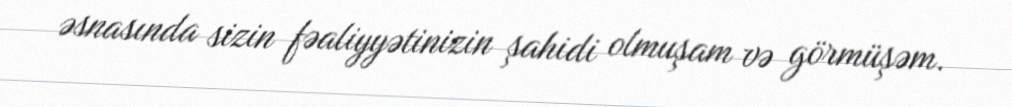
əsnasında sizin fəaliyyətinizin şahidi olmuşam və görmüşəm.